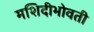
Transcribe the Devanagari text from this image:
मशिदीभोवती